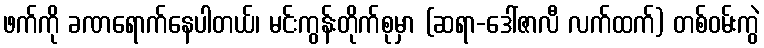
ဖက်ကို ခဏရောက်နေပါတယ်၊ မင်းကွန်းတိုက်စုမှာ (ဆရာ-ဒေါ်ဇာလီ လက်ထက်) တစ်ဝမ်းကွဲ